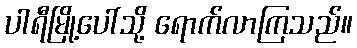
ပါရီမြို့ပေါ်သို့ ရောက်လာကြသည်။